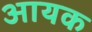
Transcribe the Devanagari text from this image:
आयक